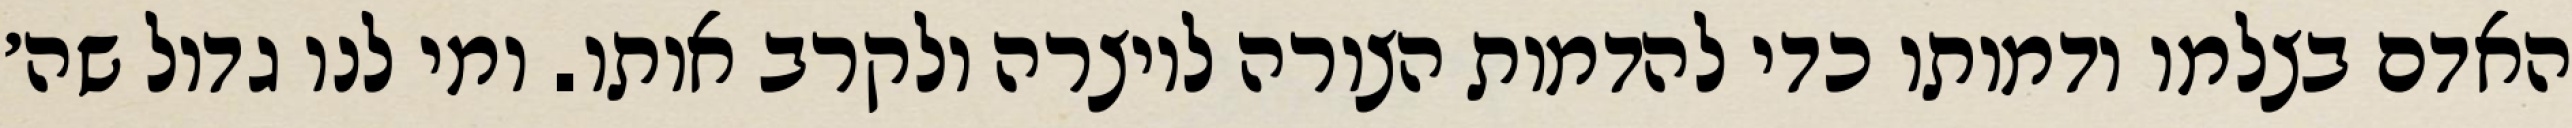
האדם בצלמו ודמותו כדי להדמות הצורה ליוצרה ולקרב אותו. ומי לנו גדול שה׳